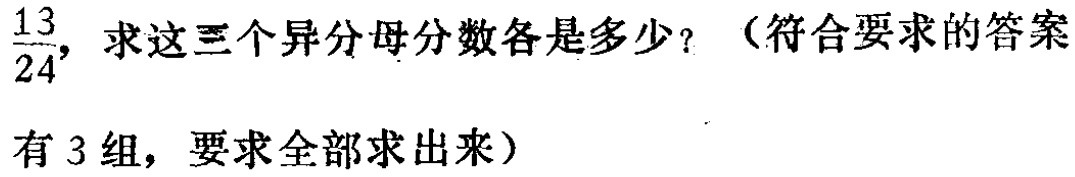
$\frac{13}{24}$，求这三个异分母分数各是多少？（符合要求的答案有3组，要求全部求出来）